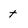
Character: t